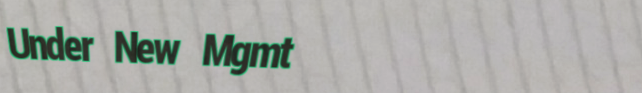
Under New Mgmt